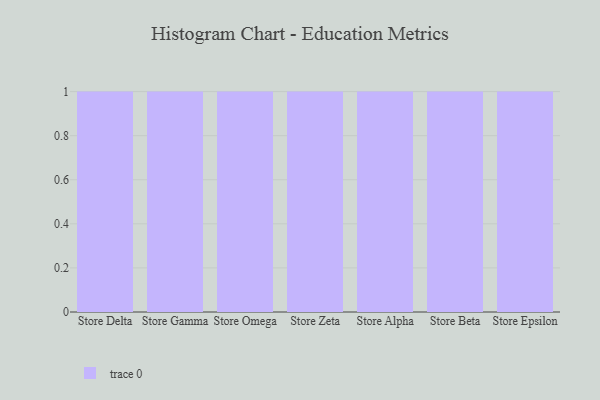
{"axis": {"x": "Store", "y": "Humidity (%)"}, "legend": [""], "data": [{"x": "Store Delta", "y": 62, "type": ""}, {"x": "Store Gamma", "y": 69, "type": ""}, {"x": "Store Omega", "y": 8, "type": ""}, {"x": "Store Zeta", "y": 67, "type": ""}, {"x": "Store Alpha", "y": 34, "type": ""}, {"x": "Store Beta", "y": 58, "type": ""}, {"x": "Store Epsilon", "y": 23, "type": ""}]}